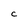
Character: C